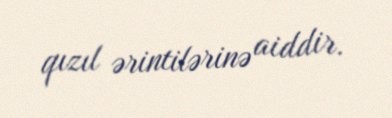
qızıl ərintilərinə aiddir.